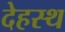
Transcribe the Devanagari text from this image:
देहस्थ